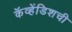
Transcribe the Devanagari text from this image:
कॅव्हेंडिशची